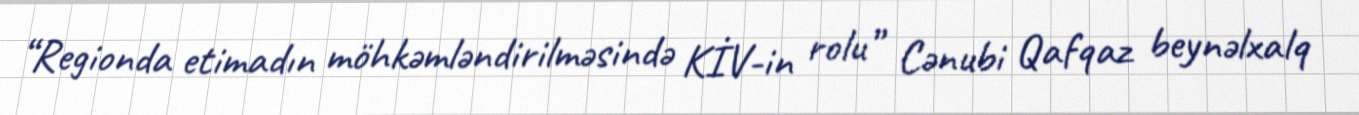
“Regionda etimadın möhkəmləndirilməsində KİV-in rolu” Cənubi Qafqaz beynəlxalq